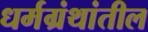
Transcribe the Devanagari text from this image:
धर्मग्रंथांतील